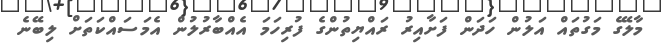
މާލޭގެ މަގުތައް އަލުން ހަދަން ފަށާއިރު ރައްޔިތުންގެ ފުރިހަމަ އެއްބާރުލުން އެމަސައްކަތަށް ލިބޭނެ